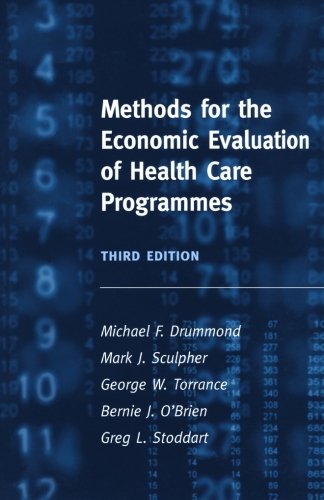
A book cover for Methods for the Economic Evaluation of Health Care Programmes; Michael F. Drummond; Medical Books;